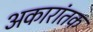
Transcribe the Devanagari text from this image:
अकारांतक